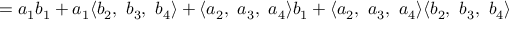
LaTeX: \qquad = a _ { 1 } b _ { 1 } + a _ { 1 } \langle b _ { 2 } , \ b _ { 3 } , \ b _ { 4 } \rangle + \langle a _ { 2 } , \ a _ { 3 } , \ a _ { 4 } \rangle b _ { 1 } + \langle a _ { 2 } , \ a _ { 3 } , \ a _ { 4 } \rangle \langle b _ { 2 } , \ b _ { 3 } , \ b _ { 4 } \rangle